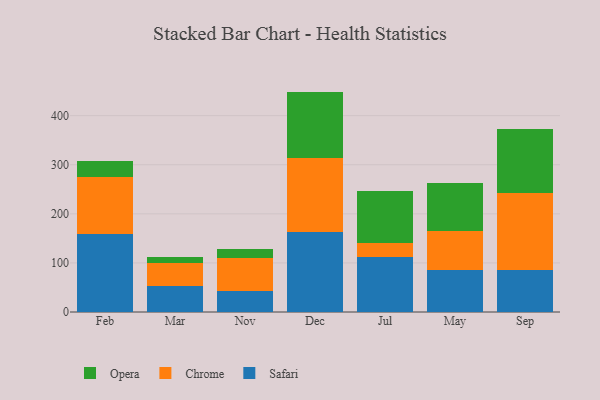
{"axis": {"x": "Month", "y": "Market Share (%)"}, "legend": ["Chrome", "Opera", "Safari"], "data": [{"x": "Feb", "y": 159.5, "type": "Safari"}, {"x": "Feb", "y": 115.3, "type": "Chrome"}, {"x": "Feb", "y": 33.7, "type": "Opera"}, {"x": "Mar", "y": 52.7, "type": "Safari"}, {"x": "Mar", "y": 46.5, "type": "Chrome"}, {"x": "Mar", "y": 13.0, "type": "Opera"}, {"x": "Nov", "y": 43.6, "type": "Safari"}, {"x": "Nov", "y": 67.0, "type": "Chrome"}, {"x": "Nov", "y": 18.4, "type": "Opera"}, {"x": "Dec", "y": 163.2, "type": "Safari"}, {"x": "Dec", "y": 151.5, "type": "Chrome"}, {"x": "Dec", "y": 134.3, "type": "Opera"}, {"x": "Jul", "y": 112.0, "type": "Safari"}, {"x": "Jul", "y": 29.5, "type": "Chrome"}, {"x": "Jul", "y": 104.1, "type": "Opera"}, {"x": "May", "y": 85.5, "type": "Safari"}, {"x": "May", "y": 79.9, "type": "Chrome"}, {"x": "May", "y": 97.1, "type": "Opera"}, {"x": "Sep", "y": 86.3, "type": "Safari"}, {"x": "Sep", "y": 156.8, "type": "Chrome"}, {"x": "Sep", "y": 130.6, "type": "Opera"}]}